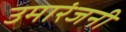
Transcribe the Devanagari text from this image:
उमारंजनी